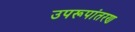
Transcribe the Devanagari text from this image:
उपरूपांतरण